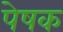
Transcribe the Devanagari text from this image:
पेषक